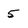
Character: 5